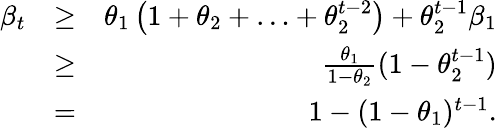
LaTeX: \begin{array}{rlr}{\beta_{t}}&{\geq}&{\theta_{1}\left(1+\theta_{2}+\ldots+\theta_{2}^{t-2}\right)+\theta_{2}^{t-1}\beta_{1}}\\ &{\geq}&{\frac{\theta_{1}}{1-\theta_{2}}(1-\theta_{2}^{t-1})}\\ &{=}&{1-(1-\theta_{1})^{t-1}.}\end{array}